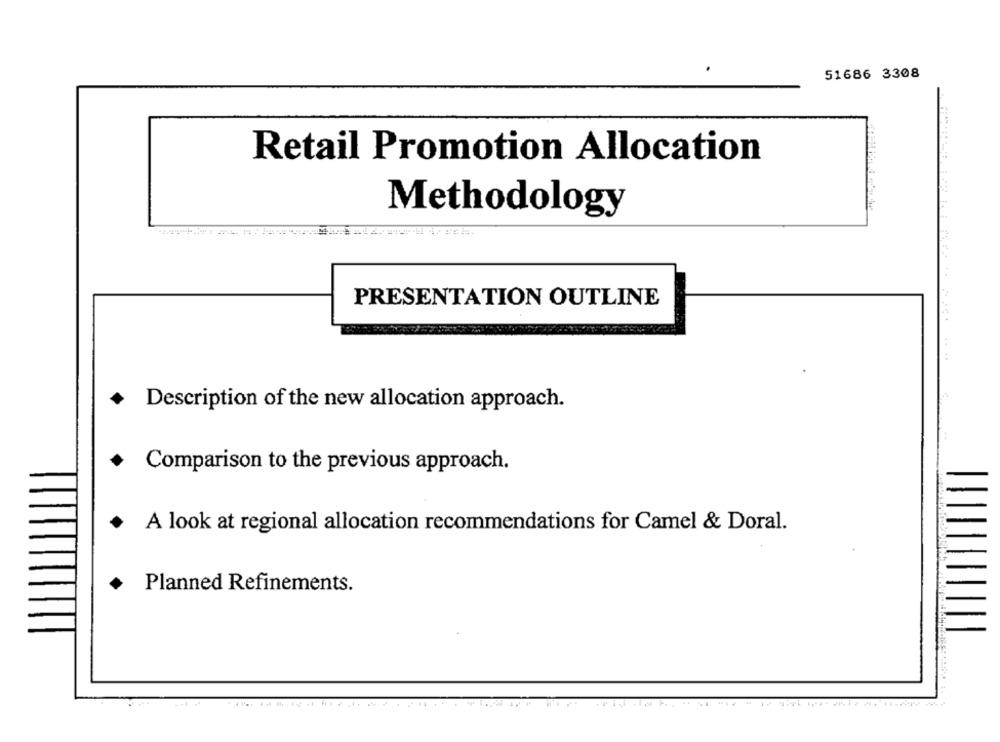
51686 3308
Retail Promotion Allocation
Methodology
PRESENTATION OUTLINE
Description of the new allocation approach.
Comparison to the previous approach.
.
A look at regional allocation recommendations for Camel & Doral.
Planned Refinements.